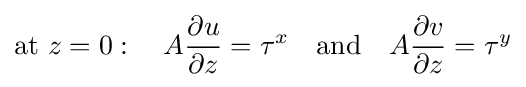
{\text{at }}z=0:\quad A{\frac {\partial u}{\partial z}}=\tau ^{x}\quad {\text{and}}\quad A{\frac {\partial v}{\partial z}}=\tau ^{y}